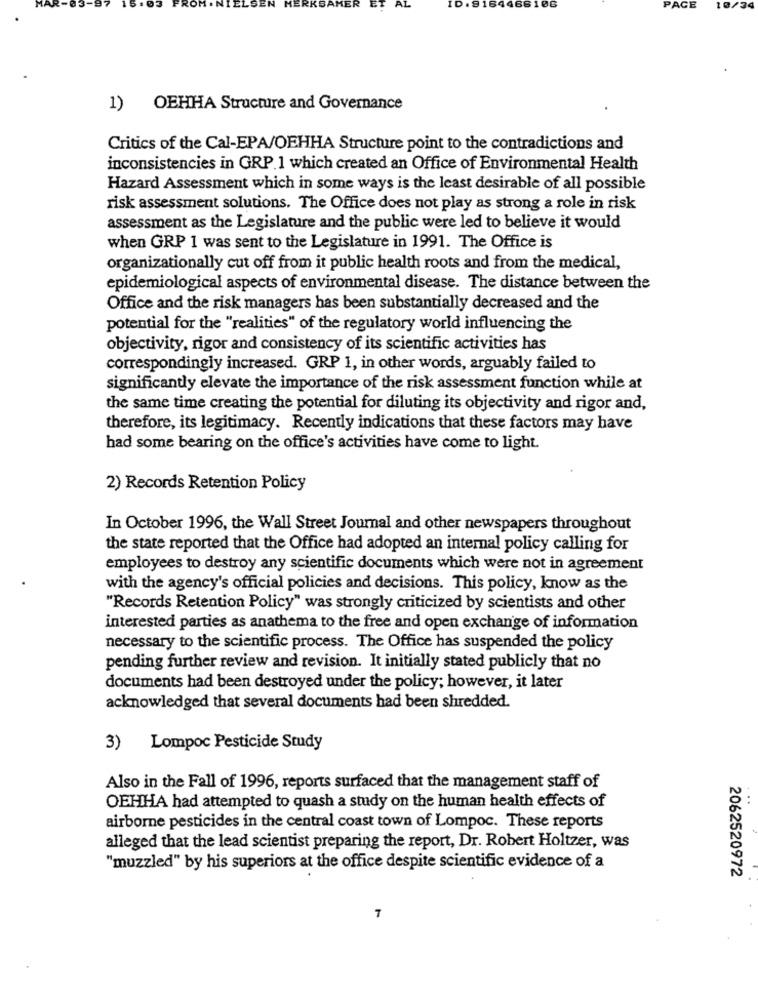
EL
EN
ERKSAMER
ET
AL
ID.8164468106
PAGE
34
1) OEHHA Structure and Governance
Critics of the Cal-EPA/OEHHA Structure point to the contradictions and
inconsistencies in GRP.1 which created an Office of Environmental Health
Hazard Assessment which in some ways is the least desirable of all possible
risk assessment solutions. The Office does not play as strong a role in risk
assessment as the Legislature and the public were led to believe it would
when GRP 1 was sent to the Legislature in 1991. The Office is
organizationally cut off from it public health roots and from the medical,
epidemiological aspects of environmental disease. The distance between the
Office and the risk managers has been substantially decreased and the
potential for the "realities" of the regulatory world influencing the
objectivity, rigor and consistency of its scientific activities has
correspondingly increased. GRP 1, in other words, arguably failed to
significantly elevate the importance of the risk assessment function while at
the same time creating the potential for diluting its objectivity and rigor and,
therefore, its legitimacy. Recently indications that these factors may have
had some bearing on the office's activities have come to light.
2) Records Retention Policy
In October 1996, the Wall Street Journal and other newspapers throughout
the state reported that the Office had adopted an internal policy calling for
employees to destroy any scientific documents which were not in agreement
with the agency's official policies and decisions. This policy, know as the
"Records Retention Policy" was strongly criticized by scientists and other
interested parties as anathema to the free and open exchange of information
necessary to the scientific process. The Office has suspended the policy
pending further review and revision. It initially stated publicly that no
documents had been destroyed under the policy; however, it later
acknowledged that several documents had been shredded.
3) Lompoc Pesticide Study
Also in the Fall of 1996, reports surfaced that the management staff of
...
OEHHA had attempted to quash a study on the human health effects of
airborne pesticides in the central coast town of Lompoc. These reports
alleged that the lead scientist preparing the report, Dr. Robert Holtzer, was
"muzzled" by his superiors at the office despite scientific evidence of a
2062520972
7